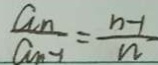
\frac { a _ { n } } { a _ { n - 1 } } = \frac { n - 1 } { n }